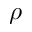
\rho